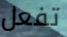
تفعل